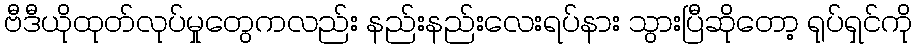
ဗီဒီယိုထုတ်လုပ်မှုတွေကလည်း နည်းနည်းလေးရပ်နား သွားပြီဆိုတော့ ရုပ်ရှင်ကို